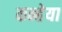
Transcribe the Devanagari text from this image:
कन्हेया